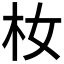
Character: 𪱴